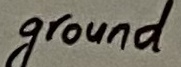
Text: ground